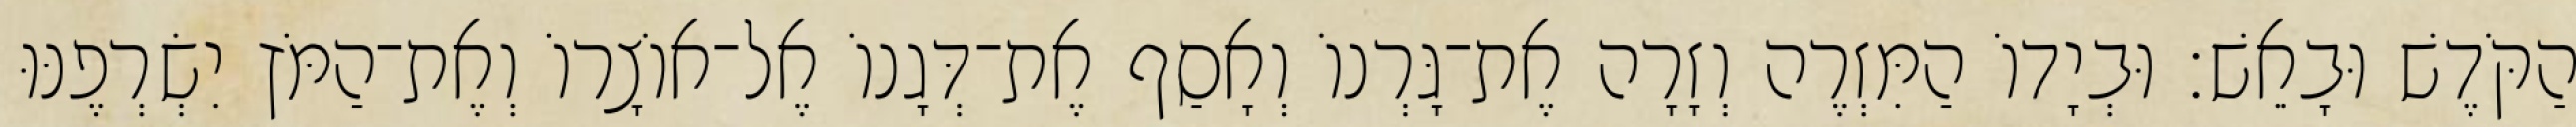
הַקֹּדֶשׁ וּבָאֵשׁ׃ וּבְיָדוֹ הַמִּזְרֶה וְזָרָה אֶת־גָּרְנוֹ וְאָסַף אֶת־דְּגָנוֹ אֶל־אוֹצָרוֹ וְאֶת־הַמֹּץ יִשְׂרְפֶנּוּ